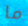
ما